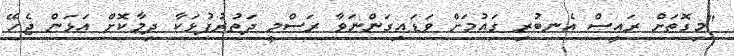
"މިގޮތަށް ރައީސް އެނބުރި ގައުމަށް ވަޑައިގަންނަވާ ރަސްމީ ދަތުރުފުޅަކާ ދިމާކޮށް އަޅަން ޖެހޭ